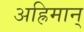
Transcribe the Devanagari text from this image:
अह्रिमान्